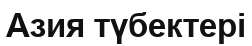
Азия түбектері